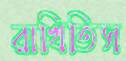
রাখিতিস